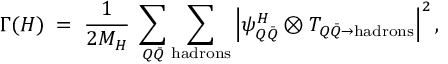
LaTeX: \Gamma ( H ) \; = \; { \frac { 1 } { 2 M _ { H } } } \; \sum _ { Q \bar { Q } } \sum _ { \mathrm { h a d r o n s } } \left| \psi _ { Q \bar { Q } } ^ { H } \otimes T _ { Q \bar { Q } \to \mathrm { h a d r o n s } } \right| ^ { 2 } ,